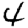
Digit: 4